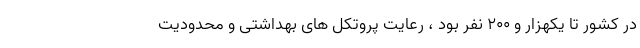
در کشور تا یکهزار و ۲۰۰ نفر بود ، رعایت پروتکل های بهداشتی و محدودیت